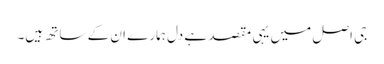
جی اصل میں یہی مقصد ہے دل ہمارے ان کے ساتھ ہیں۔